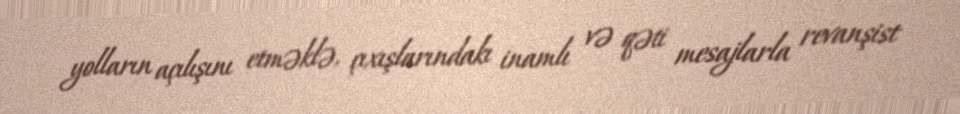
yolların açılışını etməklə, çıxışlarındakı inamlı və qəti mesajlarla revanşist